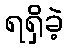
ရရှိခဲ့